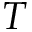
T